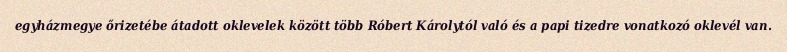
egyházmegye őrizetébe átadott oklevelek között több Róbert Károlytól való és a papi tizedre vonatkozó oklevél van.